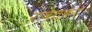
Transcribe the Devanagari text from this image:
रावेतकर